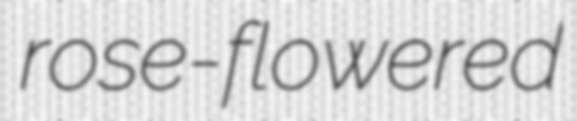
rose-flowered